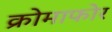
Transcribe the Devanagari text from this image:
क्रोमाफोर